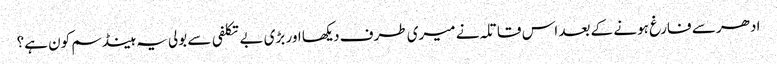
ادھر سے فارغ ہونے کے بعد اس قاتلہ نے میری طرف دیکھا اور بڑی بے تکلفی سے بولی یہ ہینڈ سم کون ہے؟